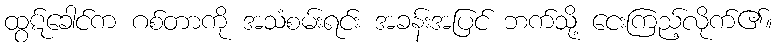
ထွဋ်ခေါင်က ဂစ်တာကို အသံစမ်းရင်း အခန်းအပြင် ဘက်သို့ ငေးကြည့်လိုက်၏။